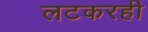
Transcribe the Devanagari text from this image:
लटकरही